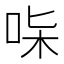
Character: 𠱟